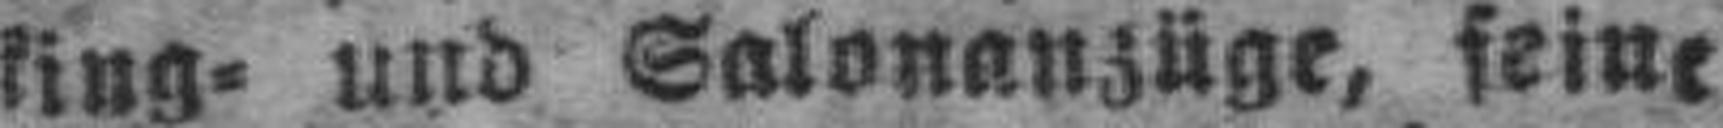
king= und Salonanzüge, feine